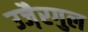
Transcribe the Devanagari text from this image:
उजै़रगुल